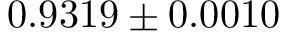
0 . 9 3 1 9 \pm 0 . 0 0 1 0